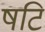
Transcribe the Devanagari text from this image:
षटि